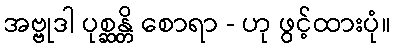
အဗ္ဗုဒါ ပုစ္ဆန္တိ စောရာ - ဟု ဖွင့်ထားပုံ။